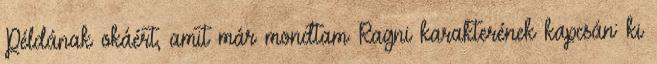
Példának okáért, amit már mondtam Ragni karakterének kapcsán: ki